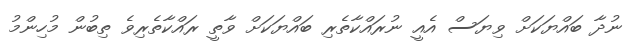
ނުދާ ބައްޔަކަށް ވިޔަސް އެއީ ނުރައްކާތެރި ބައްޔަކަށް ވާތީ ރައްކާތެރިވެ ތިބުން މުހިންމު